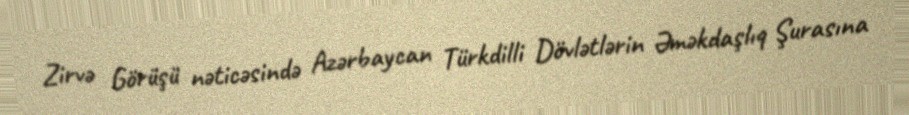
Zirvə Görüşü nəticəsində Azərbaycan Türkdilli Dövlətlərin Əməkdaşlıq Şurasına